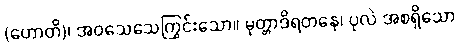
(ဟောတိ)၊ အဝသေသေကြွင်းသော။ မုတ္တာဒိရတနေ၊ ပုလဲ အစရှိသော